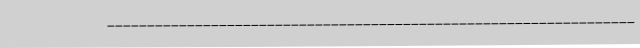
------------------------------------------------------------------